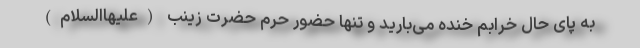
به پای حال خرابم خنده می‌بارید و تنها حضور حرم حضرت زینب (علیهاالسلام)